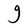
Character: g